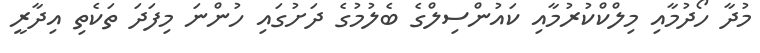
މުދާ ހޯދުމާއި މިލްކްކުރުމާއި ކައުންސިލްގެ ބެލުމުގެ ދަށުގައި ހުންނަ މިފަދަ ތަކެތި އިދާރީ